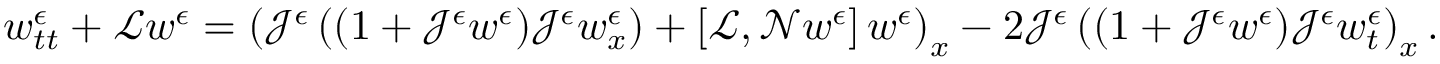
w _ { t t } ^ { \epsilon } + \mathscr { L } w ^ { \epsilon } = \left( \mathcal { J } ^ { \epsilon } \left( ( 1 + \mathcal { J } ^ { \epsilon } w ^ { \epsilon } ) \mathcal { J } ^ { \epsilon } w _ { x } ^ { \epsilon } \right) + \left[ \mathscr { L } , \mathscr { N } w ^ { \epsilon } \right] w ^ { \epsilon } \right) _ { x } - 2 \mathcal { J } ^ { \epsilon } \left( ( 1 + \mathcal { J } ^ { \epsilon } w ^ { \epsilon } ) \mathcal { J } ^ { \epsilon } w _ { t } ^ { \epsilon } \right) _ { x } .